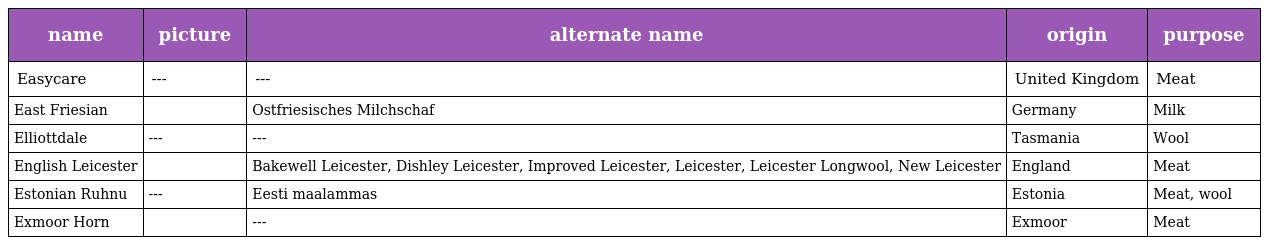
| name | picture | alternate name | origin | purpose |
 | --- | --- | --- | --- | --- |
 | Easycare | --- | --- | United Kingdom | Meat |
 | East Friesian |  | Ostfriesisches Milchschaf | Germany | Milk |
 | Elliottdale | --- | --- | Tasmania | Wool |
 | English Leicester |  | Bakewell Leicester, Dishley Leicester, Improved Leicester, Leicester, Leicester Longwool, New Leicester | England | Meat |
 | Estonian Ruhnu | --- | Eesti maalammas | Estonia | Meat, wool |
 | Exmoor Horn |  | --- | Exmoor | Meat |